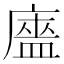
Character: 𰐃